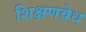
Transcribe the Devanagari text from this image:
शिक्षणवेध